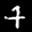
Digit: 4